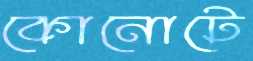
কোনোটে